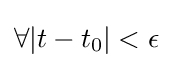
\forall |t-t_{0}|<\epsilon